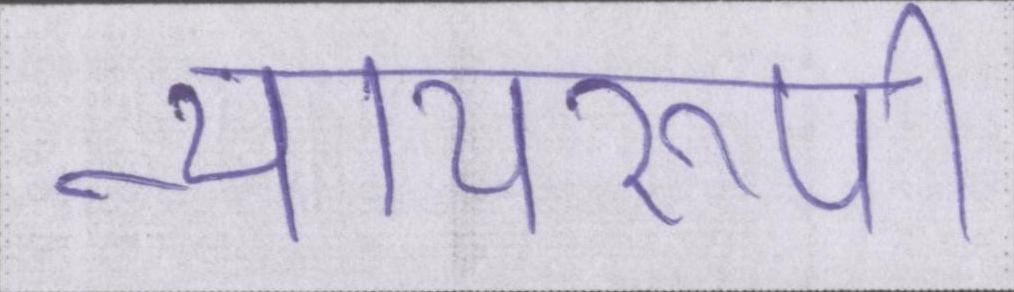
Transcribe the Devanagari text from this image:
न्यायरूपी